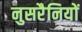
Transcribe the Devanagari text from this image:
नुसरैनियों